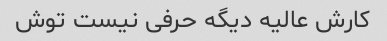
کارش عالیه دیگه حرفی نیست توش